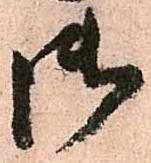
御